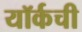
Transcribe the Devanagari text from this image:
यॉर्कची